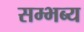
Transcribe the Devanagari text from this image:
सम्भब्य